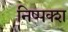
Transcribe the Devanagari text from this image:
निष्पक्श